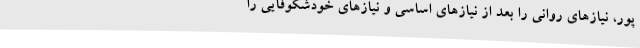
پور، نیازهای روانی را بعد از نیازهای اساسی و نیازهای خودشکوفایی را